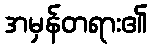
အမှန်တရား၏